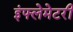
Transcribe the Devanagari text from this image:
इंफ्लेमेटरी